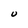
Character: U